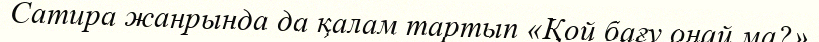
Сатира жанрында да қалам тартып «Қой бағу оңай ма?»